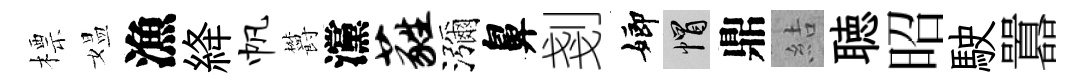
標媪漁絳帆欝灙蕤瀰鼻剗嫏帽鼎結聴昭駛囂